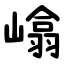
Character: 嶖